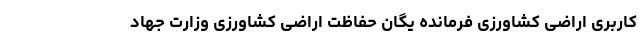
کاربری اراضی کشاورزی فرمانده یگان حفاظت اراضی کشاورزی وزارت جهاد